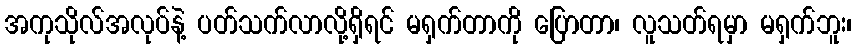
အကုသိုလ်အလုပ်နဲ့ ပတ်သက်လာလို့ရှိရင် မရှက်တာကို ပြောတာ၊ လူသတ်ရမှာ မရှက်ဘူး၊